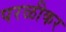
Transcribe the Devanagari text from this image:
परळीकर